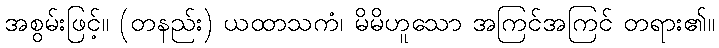
အစွမ်းဖြင့်။ (တနည်း) ယထာသကံ၊ မိမိဟူသော အကြင်အကြင် တရား၏။